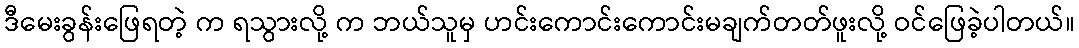
ဒီမေးခွန်းဖြေရတဲ့ က ရသွားလို့ က ဘယ်သူမှ ဟင်းကောင်းကောင်းမချက်တတ်ဖူးလို့ ဝင်ဖြေခဲ့ပါတယ်။